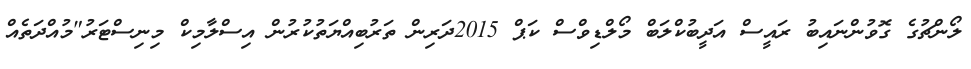
ލޯންޗުގެ ގޮވުންނައިބު ރައީސް އަދީބުކްލަބް މޯލްޑިވްސް ކަޕް 2015ދަރިން ތަރުބިއްޔަތުކުރުން އިސްލާމިކް މިނިސްޓަރު"މުއްދަތެއް